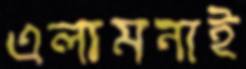
এলামনাই